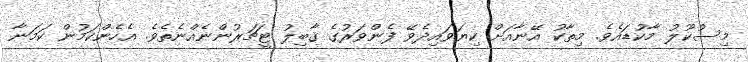
މިސުކޫލު މާކުޑައެވެ. މިތާކު އޭނާއަށް ކިޔަވައިދެވޭ ފެންވަރުގެ ޤާބިލު ޓީޗަރުންނެއްނެތެވެ. އެހެންކަމުން ކަމަނާ